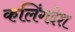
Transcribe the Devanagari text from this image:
कलिंगदेश